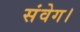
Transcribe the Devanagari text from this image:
संवेग।